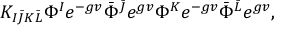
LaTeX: K _ { I \bar { J } K \bar { L } } \Phi ^ { I } e ^ { - g v } \bar { \Phi } ^ { \bar { J } } e ^ { g v } \Phi ^ { K } e ^ { - g v } \bar { \Phi } ^ { \bar { L } } e ^ { g v } ,